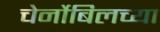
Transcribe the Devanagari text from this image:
चेर्नोबिलच्या